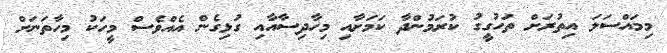
މިމައްސަލަ އިތުރަށް ތަހުގީގު ކުރަމުންދާ ކަމަށާއި މިހާދިސާއާއި ގުޅިގެން އެއްވެސް މީހަކު މިހާތަނަށް